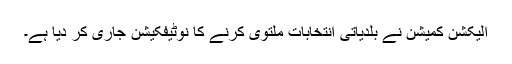
الیکشن کمیشن نے بلدیاتی انتخابات ملتوی کرنے کا نوٹیفکیشن جاری کر دیا ہے۔